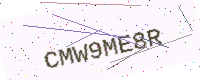
Text: CMW9ME8R